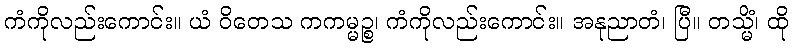
ကံကိုလည်းကောင်း။ ယံ ဝိတေသ ကကမ္မဉ္စ၊ ကံကိုလည်းကောင်း။ အနုညာတံ၊ ပြီ။ တသ္မိံ၊ ထို